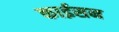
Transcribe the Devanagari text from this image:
काईसन